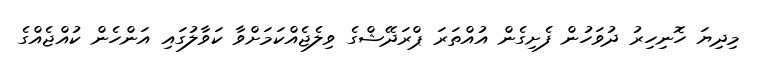
މިދިޔަ ހޮނިހިރު ދުވަހުން ފެށިގެން އުއްތަރަ ޕްރަދޭޝްގެ ވިލެޖެއްކަމަށްވާ ކަވާލުގައި އަންހެން ކުއްޖެއްގެ